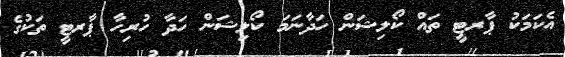
އެކަަމަކު ޕާރޓީ ތައް ކޯލިޝަން ހަދާނަމަ ކޯލިޝަން ހަދާ ހުރިހާ ޕާރޓީ ތަކުގެ